Sanitation, dispensaries and jails vaccination Rajputana 1922-1927 - 1922-1927
Year: 1922
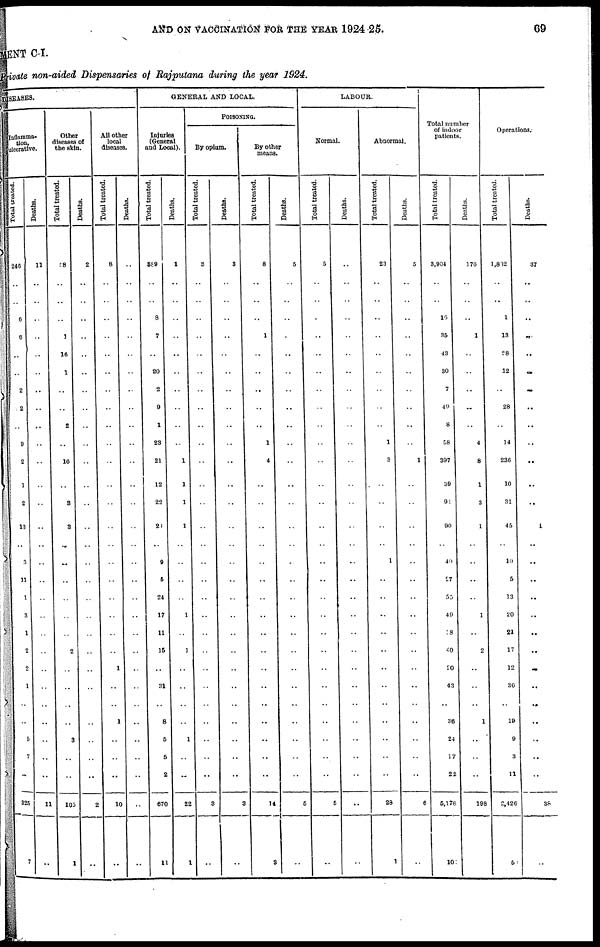
AND ON VACCINATION FOR THE YEAR 1924-25.
69
MENT C-I.
Private non-aided Dispensaries of Rajputana during the year 1924.
DISEASES.
Inflamma-
tion,
ulcerative.
Total treated.
246
..
..
6
6
..
..
2
2
..
9
2
1
2
13
..
3
11
1
3
1
2
2
1
..
..
5
7
..
825
7
Deaths.
11
..
..
..
..
..
..
..
..
..
..
..
..
..
..
..
..
..
..
..
..
..
..
..
..
..
..
..
..
11
..
Other
diseases of
the skin.
Total treated.
58
..
..
..
1
16
1
..
..
2
..
16
..
3
3
..
..
..
..
..
..
2
..
..
..
..
3
..
..
105
1
Deaths.
2
..
..
..
..
..
..
..
..
..
..
..
..
..
..
..
..
..
..
..
..
..
..
..
..
..
..
..
..
2
..
All other
local
diseases.
Total treated.
8
..
..
..
..
..
..
..
..
..
..
..
..
..
..
..
..
..
..
..
..
..
1
..
..
1
..
..
..
10
..
Deaths.
..
..
..
..
..
..
..
..
..
..
..
..
..
..
..
..
..
..
..
..
..
..
..
..
..
..
..
..
..
..
..
GENERAL AND LOCAL.
Injuries
(General
and Local).
Total treated.
389
..
..
8
7
..
20
2
9
1
23
21
12
22
21
..
9
5
24
17
11
15
..
31
..
8
5
5
2
670
11
Deaths.
1
..
..
..
..
..
..
..
..
..
..
1
1
1
1
..
..
..
..
1
..
1
..
..
..
..
1
..
..
22
1
POISONING.
By opium.
Total treated.
3
..
..
..
..
..
..
..
..
..
..
..
..
..
..
..
..
..
..
..
..
..
..
..
..
..
..
..
..
3
..
Deaths.
3
..
..
..
..
..
..
..
..
..
..
..
..
..
..
..
..
..
..
..
..
..
..
..
..
..
..
..
..
3
..
By other
means.
Total treated.
8
..
..
..
1
..
..
..
..
..
1
4
..
..
..
..
..
..
..
..
..
..
..
..
..
..
..
..
..
14
3
Deaths.
5
..
..
..
..
..
..
..
..
..
..
..
..
..
..
..
..
..
..
..
..
..
..
..
..
..
..
..
..
5
..
LABOUR.
Normal.
Total treated.
5
..
..
..
..
..
..
..
..
..
..
..
..
..
..
..
..
..
..
..
..
..
..
..
..
..
..
..
..
5
..
Deaths.
..
..
..
..
..
..
..
..
..
..
..
..
..
..
..
..
..
..
..
..
..
..
..
..
..
..
..
..
..
..
..
Abnormal.
Total treated.
23
..
..
..
..
..
..
..
..
..
1
3
..
..
..
..
1
..
..
..
..
..
..
..
..
..
..
..
..
28
1
Deaths.
5
..
..
..
..
..
..
..
..
..
..
1
..
..
..
..
..
..
..
..
..
..
..
..
..
..
..
..
..
6
..
Total number
of indoor
patients.
Total treated.
3,904
..
..
16
35
43
30
7
49
8
58
397
39
91
90
..
40
27
55
49
38
40
20
43
..
36
24
17
22
5,178
10
Deaths.
170
..
..
..
1
..
..
..
..
..
4
8
1
3
1
..
..
..
..
1
..
2
..
..
..
1
..
..
..
198
..
Operations.
Total treated.
1,832
..
..
1
13
28
12
..
28
..
14
236
10
31
45
..
10
5
13
20
21
17
12
36
..
19
9
3
11
2,426
5
Deaths.
37
..
..
..
..
..
..
..
..
..
..
..
..
..
1
..
..
..
..
..
..
..
..
..
..
..
..
..
..
38
..